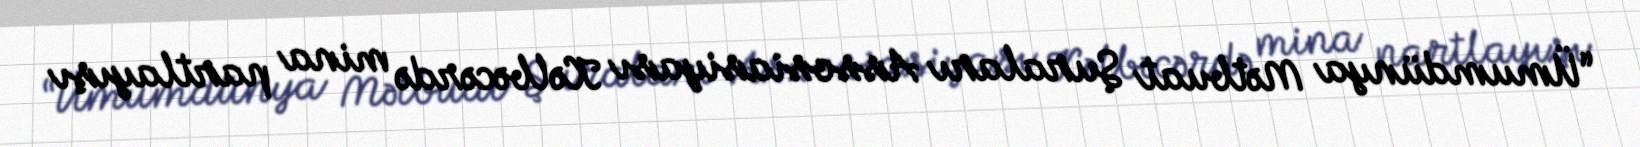
“Ümumdünya Mətbuat Şuraları Assosiasiyası Kəlbəcərdə mina partlayışı